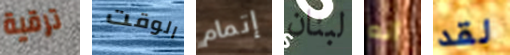
ترقية الوقت إتمام لبنان أنه لقد